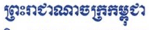
ព្រះរាជាណាចក្រកម្ពុជា